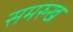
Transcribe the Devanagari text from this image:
समरुख